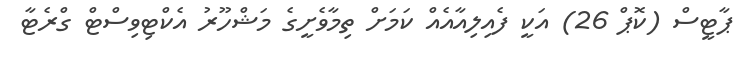
ޕާޓީސް (ކޮޕް 26) އަކީ ފެއިލިއާއެއް ކަމަށް ތިމާވެށީގެ މަޝްހޫރު އެކްޓިވިސްޓް ގްރެޓާ